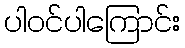
ပါဝင်ပါကြောင်း